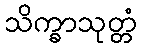
သိက္ခာသုတ္တံ